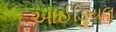
આઈડિયલ